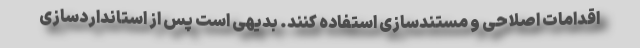
اقدامات اصلاحی و مستندسازی استفاده کنند. بدیهی است پس از استانداردسازی